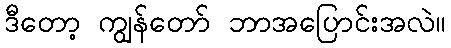
ဒီတော့ ကျွန်တော် ဘာအပြောင်းအလဲ။